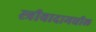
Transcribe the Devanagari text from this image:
स्त्रीवादामधील